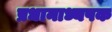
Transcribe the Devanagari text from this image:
प्रधानाध्यपक